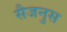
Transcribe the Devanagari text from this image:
सैजनुस